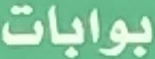
بوابات